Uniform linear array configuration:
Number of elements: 48
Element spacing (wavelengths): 0.25
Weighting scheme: uniform
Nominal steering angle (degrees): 60
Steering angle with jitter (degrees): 58.942
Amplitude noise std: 0.05
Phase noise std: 0.05

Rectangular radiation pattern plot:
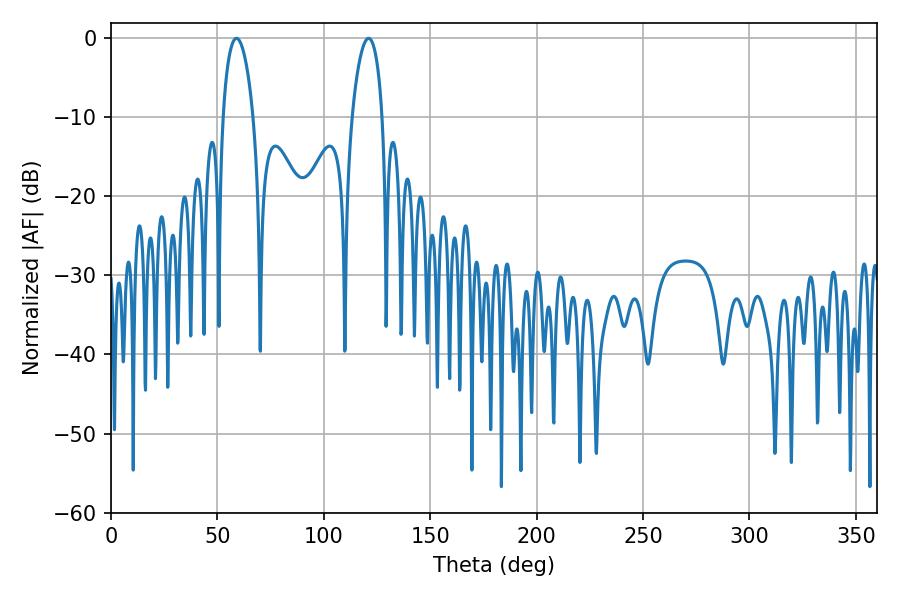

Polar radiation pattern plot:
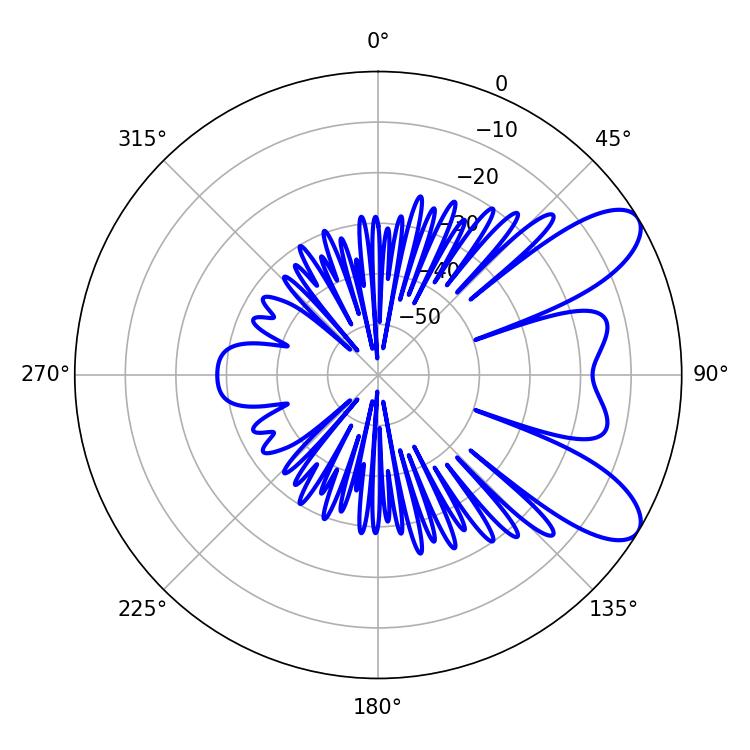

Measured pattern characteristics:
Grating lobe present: FALSE
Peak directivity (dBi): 8.564
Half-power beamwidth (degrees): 7.92
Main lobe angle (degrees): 59.04